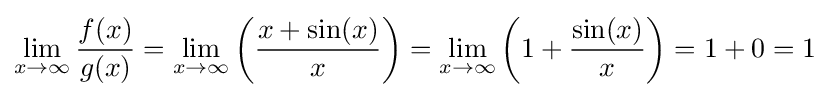
\lim _{x\to \infty }{\frac {f(x)}{g(x)}}=\lim _{x\to \infty }\left({\frac {x+\sin(x)}{x}}\right)=\lim _{x\to \infty }\left(1+{\frac {\sin(x)}{x}}\right)=1+0=1